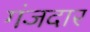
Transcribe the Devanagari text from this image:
गंजदार